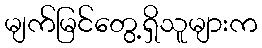
မျက်မြင်တွေ့ရှိသူများက